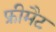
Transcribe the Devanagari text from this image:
फ्रीमैट